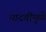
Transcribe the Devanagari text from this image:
यादवीमुळे